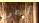
أرعى